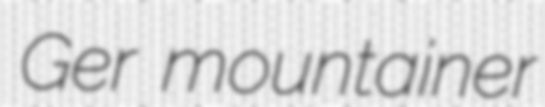
Ger mountainer